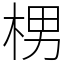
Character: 㭷